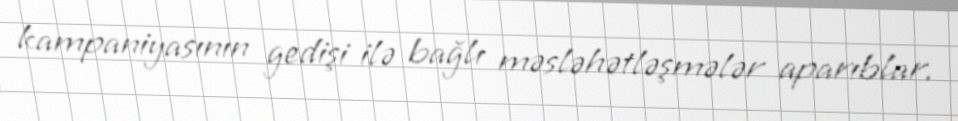
kampaniyasının gedişi ilə bağlı məsləhətləşmələr aparıblar.